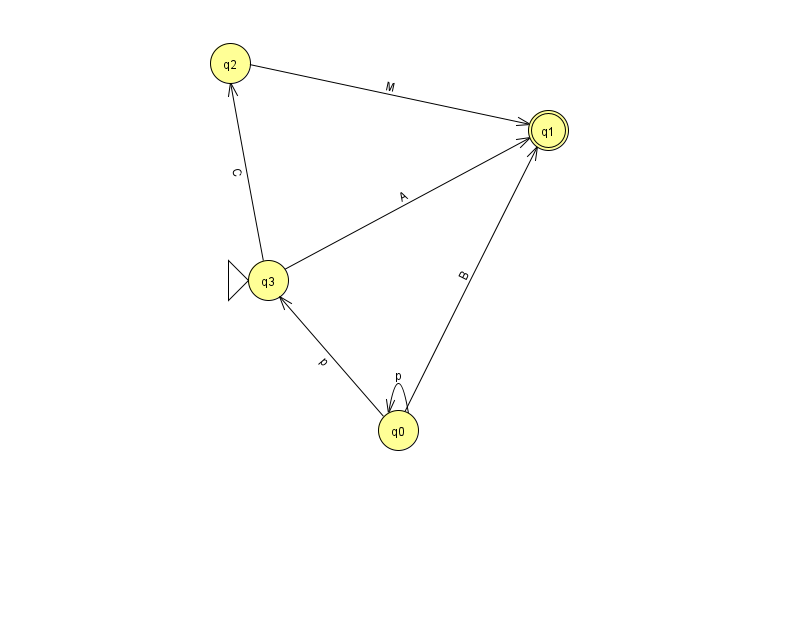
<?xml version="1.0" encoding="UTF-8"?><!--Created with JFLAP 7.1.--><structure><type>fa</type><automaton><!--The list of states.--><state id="0" name="q0"><x>398.0</x><y>417.0</y></state><state id="1" name="q1"><x>548.0</x><y>117.0</y><final/></state><state id="2" name="q2"><x>230.0</x><y>50.0</y></state><state id="3" name="q3"><x>268.0</x><y>267.0</y><initial/></state><!--The list of transitions.--><transition><from>0</from><to>0</to><read>p</read></transition><transition><from>0</from><to>3</to><read>p</read></transition><transition><from>0</from><to>1</to><read>B</read></transition><transition><from>3</from><to>1</to><read>A</read></transition><transition><from>3</from><to>2</to><read>C</read></transition><transition><from>2</from><to>1</to><read>M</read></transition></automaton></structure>